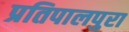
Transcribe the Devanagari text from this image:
प्रतिपालपुरा